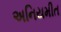
અનિયમીત